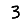
Digit: 3